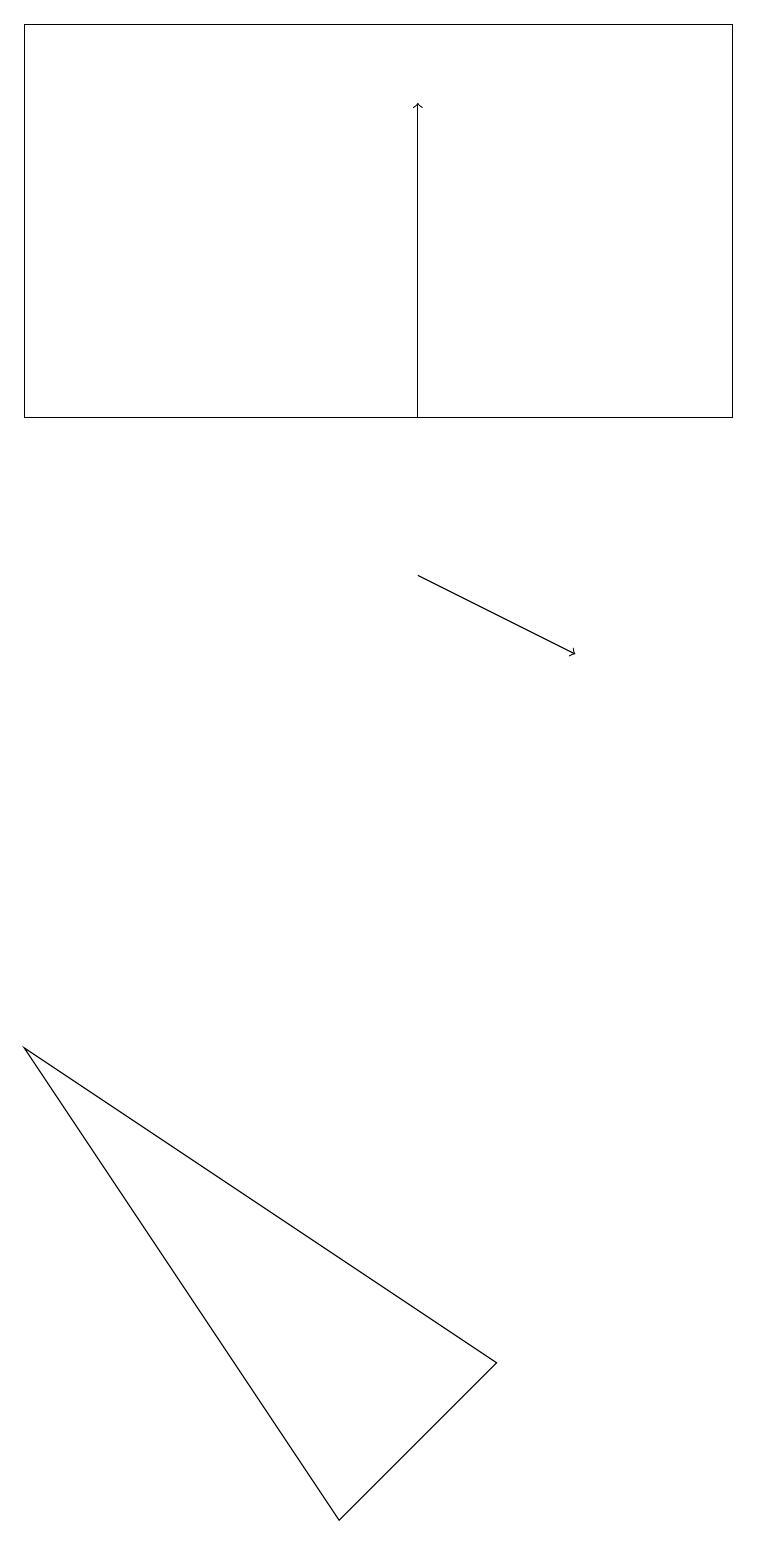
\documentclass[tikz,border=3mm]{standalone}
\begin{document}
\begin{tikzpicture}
\draw[->] (5,14) -- (5,18);
\draw (6,2) -- (4,0) -- (0,6) -- cycle;
\draw[->] (5,12) -- (7,11);
\draw (9,19) rectangle (0,14);
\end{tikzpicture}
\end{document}